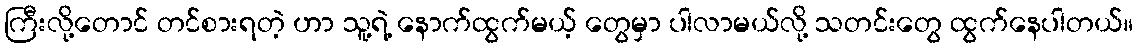
ကြီးလို့တောင် တင်စားရတဲ့ ဟာ သူ့ရဲ့ နောက်ထွက်မယ့် တွေမှာ ပါလာမယ်လို့ သတင်းတွေ ထွက်နေပါတယ်။